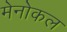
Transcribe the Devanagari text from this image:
मेनोकल